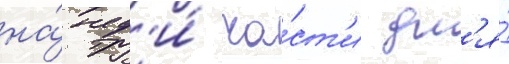
на́ тр'и́ ча́ст'и дл'я́